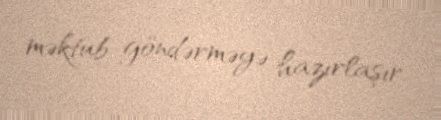
məktub göndərməyə hazırlaşır.